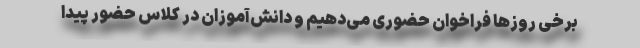
برخی روزها فراخوان حضوری می‌دهیم و دانش‌آموزان در کلاس حضور پیدا